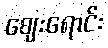
ဈေးရောင်း